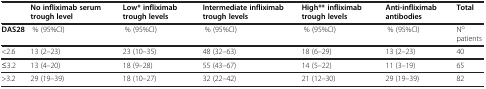
|  | No infliximab serum trough level | Low* infliximab trough levels | Intermediate infliximab trough levels | High** infliximab trough levels | Anti-infliximab antibodies | Total |
 | --- | --- | --- | --- | --- | --- | --- |
 | DAS28 | % (95%CI) | % (95%CI) | % (95%CI) | % (95%CI) | % (95%CI) | No patients |
 | <2.6 | 13 (2–23) | 23 (10–35) | 48 (32–63) | 18 (6–29) | 13 (2–23) | 40 |
 | ≤3.2 | 13 (4–20) | 18 (9–28) | 55 (43–67) | 14 (5–22) | 11 (3–19) | 65 |
 | >3.2 | 29 (19–39) | 18 (10–27) | 32 (22–42) | 21 (12–30) | 29 (19–39) | 82 |